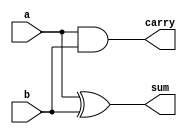
`timescale 1ns / 1ps
//////////////////////////////////////////////////////////////////////////////////
// Company: 
// Engineer: 
// 
// Design Name: 
// Module Name:    halfadder 
// Project Name: 
// Target Devices: 
// Tool versions: 
// Description: 
//
// Dependencies: 
//
// Revision: 
// Revision 0.01 - File Created
// Additional Comments: 
//
//////////////////////////////////////////////////////////////////////////////////
module halfadder(sum,carry,a,b);
  output sum, carry;
  input a, b;
  assign sum = a ^ b;   
  assign carry = a & b; 
endmodule